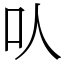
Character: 㕥